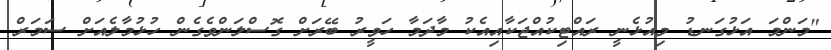
"މަންމަ އަޅުގަނޑު މިއުޅެނީ ރައްޓިކުއްޖަކާއިއެކު މާދަމާ ހަވީރު ބޭރަށް ގޮސްލަންވެގެން ހުޅުމާލެއަށް ސަމަރް